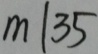
m \vert 3 5